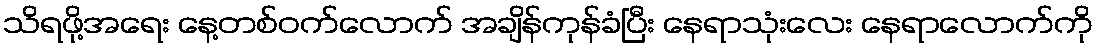
သိရဖို့အရေး နေ့တစ်ဝက်လောက် အချိန်ကုန်ခံပြီး နေရာသုံးလေး နေရာလောက်ကို